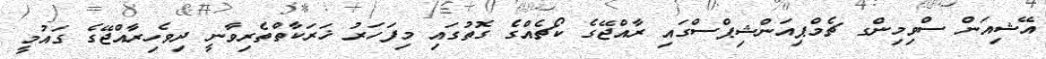
އޭޝިއަން ސްވިމިންގ ޗެމްޕިއަންޝިޕްސްގައި ރާއްޖޭގެ ކޯޗެއްގެ ގޮތުގައި މިފަހަރު ޚަރަކާތްތެރިވާނީ ދިވެހިރާއްޖޭގެ ގައުމީ